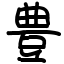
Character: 豊